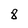
Character: 8